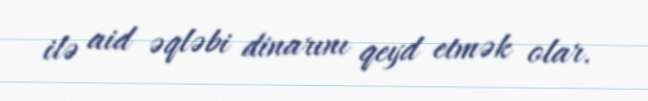
ilə aid əqləbi dinarını qeyd etmək olar.